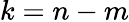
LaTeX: k=n-m